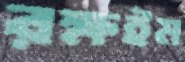
রক্ষইম